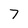
Character: 7